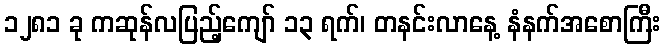
၁၂၈၁ ခု ကဆုန်လပြည့်ကျော် ၁၃ ရက်၊ တနင်းလာနေ့ နံနက်အစောကြီး